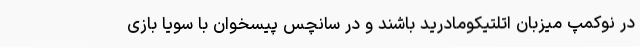
در نوکمپ میزبان اتلتیکومادرید باشند و در سانچس پیسخوان با سویا بازی